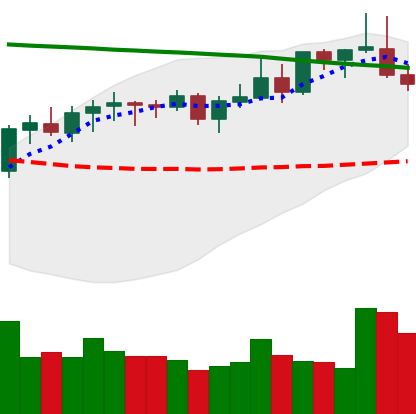
Ticker: LINK-USD
Chart end date: 2021-08-18
Forward return: 11.92%
Label: up_7plus